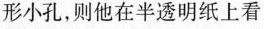
形小孔，则他在半透明纸上看